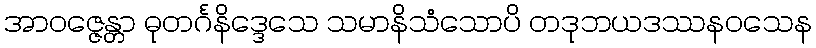
အာဝဇ္ဇေန္တာ ဓုတင်္ဂနိဒ္ဒေသေ သမာနိသံသောပိ တဒုဘယဒဿနဝသေန